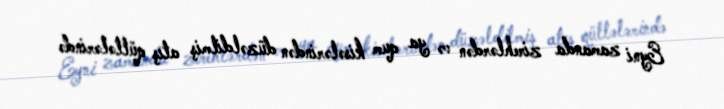
Eyni zamanda zirehlərdən və ya qum kisələrindən düzəldilmiş atış qüllələrində